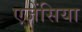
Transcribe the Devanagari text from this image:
एजेंसिया